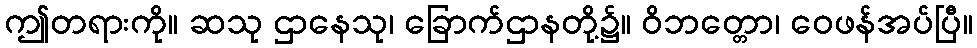
ဤတရားကို။ ဆသု ဌာနေသု၊ ခြောက်ဌာနတို့၌။ ဝိဘတ္တော၊ ဝေဖန်အပ်ပြီ။